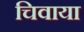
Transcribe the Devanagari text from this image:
चिवाया